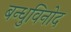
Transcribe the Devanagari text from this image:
बन्धुविनोद